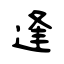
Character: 逢